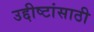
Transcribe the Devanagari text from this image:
उद्दीष्टांसाठी